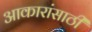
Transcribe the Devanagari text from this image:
आकारांसाठी